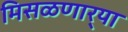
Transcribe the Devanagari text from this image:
मिसळणार्‍या